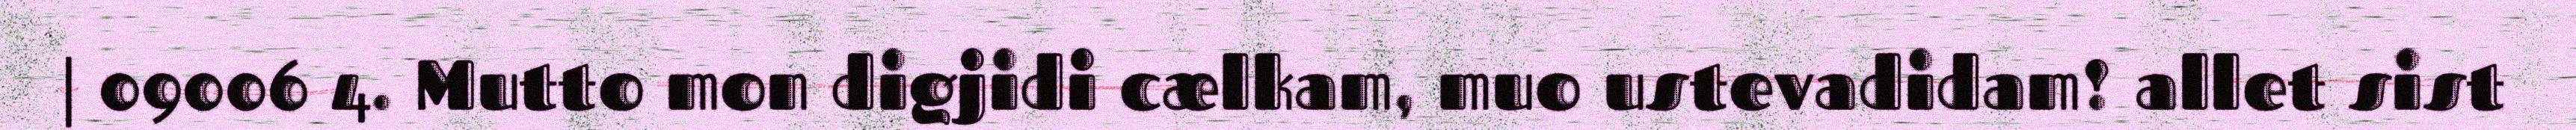
| 09006 4. Mutto mon digjidi cælkam, muo ustevadidam! allet sist